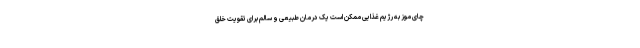
چای موز به رژیم غذایی ممکن است یک درمان طبیعی و سالم برای تقویت خلق